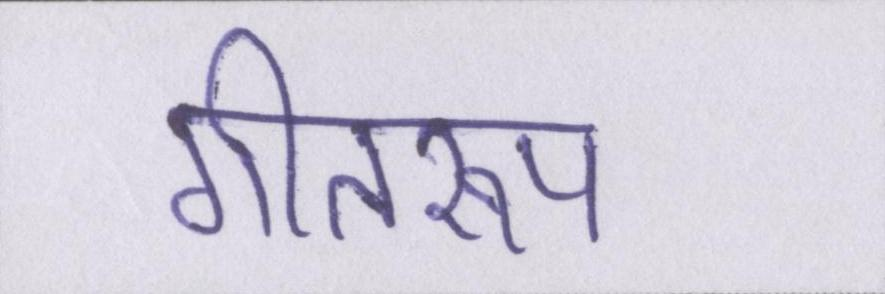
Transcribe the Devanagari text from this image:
गीतरूप